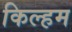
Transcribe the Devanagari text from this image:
किल्हम